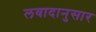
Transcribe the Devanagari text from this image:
लवादानुसार